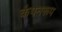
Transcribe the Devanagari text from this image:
कंपनरूप